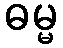
ဓမ္မ